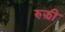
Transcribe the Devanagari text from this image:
रुझ़ी